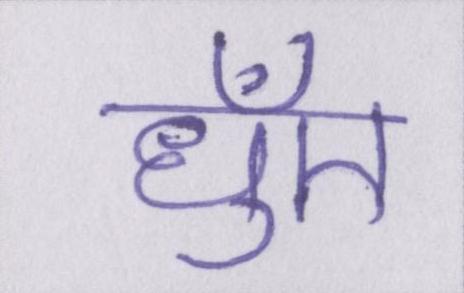
धुँए